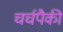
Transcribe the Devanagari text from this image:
चर्चपैकी